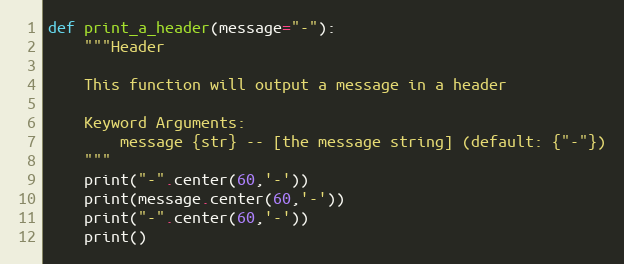
Language: Python
def print_a_header(message="-"):
    """Header

    This function will output a message in a header

    Keyword Arguments:
        message {str} -- [the message string] (default: {"-"})
    """
    print("-".center(60,'-'))
    print(message.center(60,'-'))
    print("-".center(60,'-'))
    print()